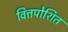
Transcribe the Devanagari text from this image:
वित्तपोशित